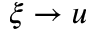
\xi \to u